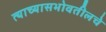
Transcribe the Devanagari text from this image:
त्याच्यासभोवतीलचे